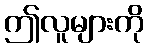
ဤလူများကို